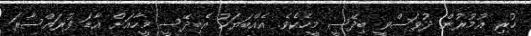
ހުރި އުމުރުން ދުވަސްވީ ބިދޭސީ މީހެކެވެ. އެއްބަޔަކު އެބިދޭސީ މީހާއަށް އާޑަ ފުރައްސާރަ